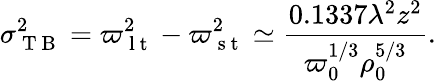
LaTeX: \sigma_{\mathrm{~T~B~}}^{2}=\varpi_{\mathrm{~l~t~}}^{2}-\varpi_{\mathrm{~s~t~}}^{2}\simeq\frac{0.1337\lambda^{2}z^{2}}{\varpi_{0}^{1/3}\rho_{0}^{5/3}}.